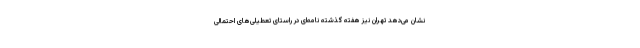
نشان می‌دهد تهران نیز هفته گذشته نامه‌ای در راستای تعطیلی‌های احتمالی